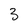
Character: 3